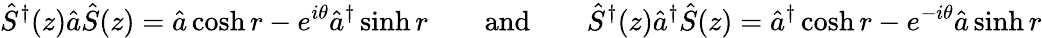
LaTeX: {\hat{S}}^{\dagger}(z){\hat{a}}{\hat{S}}(z)={\hat{a}}\cosh r-e^{i\theta}{\hat{a}}^{\dagger}\sinh r\qquad{\mathrm{and}}\qquad{\hat{S}}^{\dagger}(z){\hat{a}}^{\dagger}{\hat{S}}(z)={\hat{a}}^{\dagger}\cosh r-e^{-i\theta}{\hat{a}}\sinh r